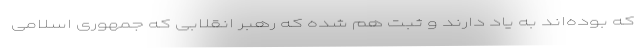
که بوده‌اند به یاد دارند و ثبت هم شده که رهبر انقلابی که جمهوری اسلامی